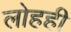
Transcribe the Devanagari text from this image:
लोहही